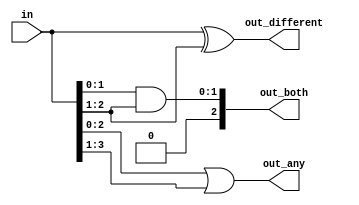
module top_module( 
    input [3:0] in,
    output [2:0] out_both,
    output [3:1] out_any,
    output [3:0] out_different );

    assign out_both = in[1:0] & in[2:1];
    assign out_any = in[0:2] | in[1:3];
    assign out_different = in[0:3] ^ in[1:2];

endmodule